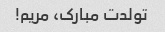
تولدت مبارک، مریم!